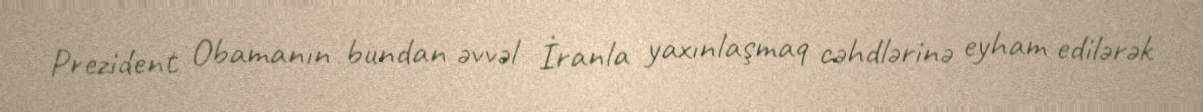
Prezident Obamanın bundan əvvəl İranla yaxınlaşmaq cəhdlərinə eyham edilərək